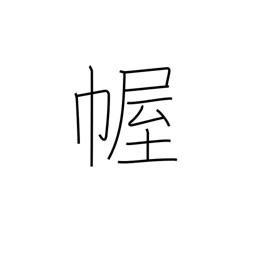
Meaning: curtain